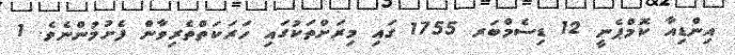
އިންޑިއާ ކޮމްޕެނީ 12 ޑިސެމްބަރ 1755 ގައި މިރަށްތަކުގައި ހަރަކަތްތެރިވާން ފެށުމުންނެވެ. 1